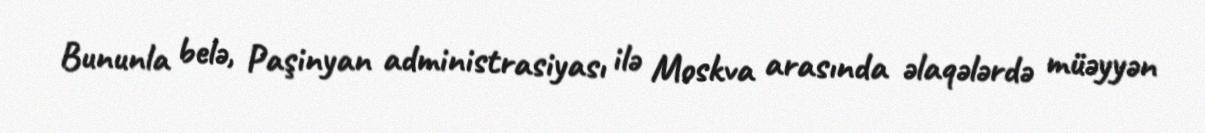
Bununla belə, Paşinyan administrasiyası ilə Moskva arasında əlaqələrdə müəyyən